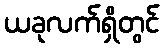
ယခုလက်ရှိတွင်